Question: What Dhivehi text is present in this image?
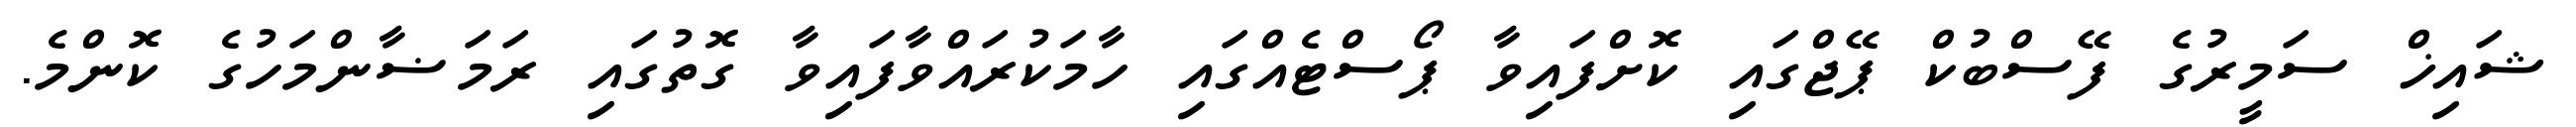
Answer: ޝައިޚް ސަމީރުގެ ފޭސްބުކް ޕޭޖްގައި ކޮށްފައިވާ ޕޯސްޓެއްގައި ހާމަކުރައްވާފައިވާ ގޮތުގައި ރަމަޟާންމަހުގެ ކޮންމެ.